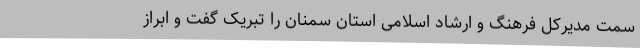
سمت مدیرکل فرهنگ و ارشاد اسلامی استان سمنان را تبریک گفت و ابراز